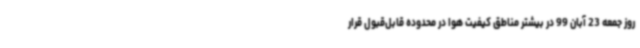
روز جمعه 23 آبان 99 در بیشتر مناطق کیفیت هوا در محدوده قابل‌قبول قرار